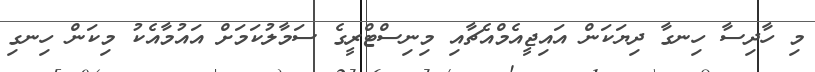
މި ހާދިސާ ހިނގާ ދިޔަކަން އައިޖީއެމްއެޗާއި މިނިސްޓްރީގެ ސަމާލުކަމަށް އައުމާއެކު މިކަން ހިނގި